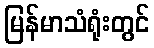
မြန်မာသံရုံးတွင်